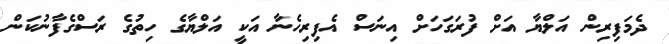
ދެމަފިރިން އަލްޔާ އަށް ފުރަގަހަށް އިނަސް އެފިރިހެނާ އަކީ އަލްޔާގެ ހިތުގެ ރަސްގެފާނުކަން